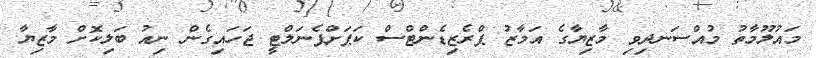
މައުލޫމާތު މުއްސަނދިވި މާޒިޔާގެ އަމާޒު ޕްރެޒިޑެންޓްސް ކަޕަށްޕެނަލްޓީ ޖަހައިގެން ނިއު ބަލިކޮށް މާޒިޔާ